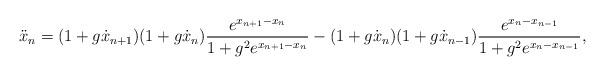
LaTeX: \begin{align*} \ddot{x}_n = (1 + g\dot{x}_{n+1}) (1 + g \dot{x}_{n}) \frac{e^{x_{n+1} - x_{n}}}{1+ g^2 e^{x_{n+1} - x_{n}}} - (1 + g \dot{x}_{n}) (1 + g \dot{x}_{n-1}) \frac{e^{x_{n} - x_{n-1}}}{1+ g^2 e^{x_{n} - x_{n-1}}},\end{align*}